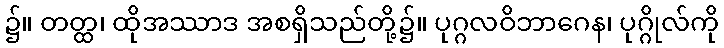
၌။ တတ္ထ၊ ထိုအဿာဒ အစရှိသည်တို့၌။ ပုဂ္ဂလဝိဘာဂေန၊ ပုဂ္ဂိုလ်ကို